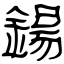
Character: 鍚